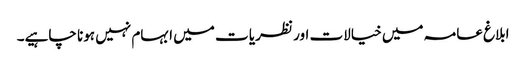
ابلاغ عامہ میں خیالات اور نظریا ت میں ابہام نہیں ہونا چاہیے۔